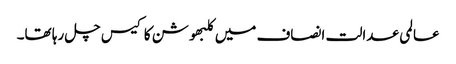
عالمی عدالت انصاف میں کلبھوشن کا کیس چل رہا تھا۔